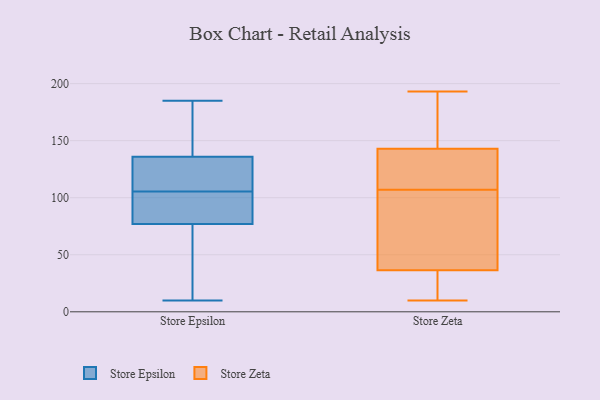
{"axis": {"x": "Latency (ms)", "y": "Value"}, "legend": ["Store Epsilon", "Store Zeta"], "data": [{"x": "", "y": 116, "type": "Store Epsilon"}, {"x": "", "y": 136, "type": "Store Epsilon"}, {"x": "", "y": 91, "type": "Store Epsilon"}, {"x": "", "y": 105, "type": "Store Epsilon"}, {"x": "", "y": 10, "type": "Store Epsilon"}, {"x": "", "y": 106, "type": "Store Epsilon"}, {"x": "", "y": 56, "type": "Store Epsilon"}, {"x": "", "y": 185, "type": "Store Epsilon"}, {"x": "", "y": 77, "type": "Store Epsilon"}, {"x": "", "y": 173, "type": "Store Epsilon"}, {"x": "", "y": 102, "type": "Store Epsilon"}, {"x": "", "y": 21, "type": "Store Epsilon"}, {"x": "", "y": 109, "type": "Store Epsilon"}, {"x": "", "y": 146, "type": "Store Epsilon"}, {"x": "", "y": 37, "type": "Store Zeta"}, {"x": "", "y": 140, "type": "Store Zeta"}, {"x": "", "y": 35, "type": "Store Zeta"}, {"x": "", "y": 130, "type": "Store Zeta"}, {"x": "", "y": 158, "type": "Store Zeta"}, {"x": "", "y": 193, "type": "Store Zeta"}, {"x": "", "y": 10, "type": "Store Zeta"}, {"x": "", "y": 152, "type": "Store Zeta"}, {"x": "", "y": 107, "type": "Store Zeta"}, {"x": "", "y": 14, "type": "Store Zeta"}, {"x": "", "y": 103, "type": "Store Zeta"}, {"x": "", "y": 121, "type": "Store Zeta"}, {"x": "", "y": 64, "type": "Store Zeta"}]}